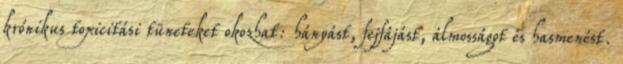
krónikus toxicitási tüneteket okozhat: hányást, fejfájást, álmosságot és hasmenést.